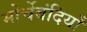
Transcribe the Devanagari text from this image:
मोर्चेबंदियाँ